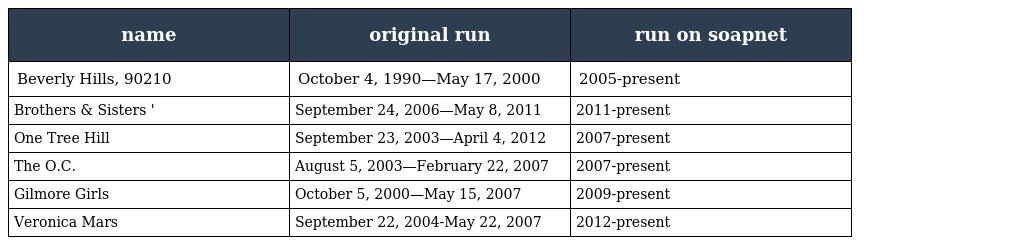
| name | original run | run on soapnet |
 | --- | --- | --- |
 | Beverly Hills, 90210 | October 4, 1990—May 17, 2000 | 2005-present |
 | Brothers & Sisters ' | September 24, 2006—May 8, 2011 | 2011-present |
 | One Tree Hill | September 23, 2003—April 4, 2012 | 2007-present |
 | The O.C. | August 5, 2003—February 22, 2007 | 2007-present |
 | Gilmore Girls | October 5, 2000—May 15, 2007 | 2009-present |
 | Veronica Mars | September 22, 2004-May 22, 2007 | 2012-present |